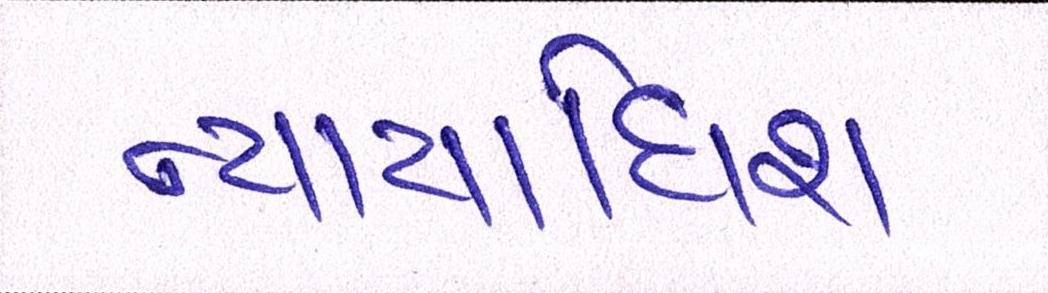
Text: ન્યાયાધિશ